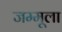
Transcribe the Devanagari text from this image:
जम्मूला